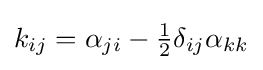
k_{ij}=\alpha _{ji}-{\tfrac {1}{2}}\delta _{ij}\alpha _{kk}